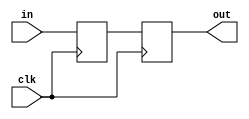
module sync_signal #(
    parameter WIDTH=1, // width of the input and output signals
    parameter N=2 // depth of synchronizer
)(
    input wire clk,
    input wire [WIDTH-1:0] in,
    output wire [WIDTH-1:0] out
);

reg [WIDTH-1:0] sync_reg[N-1:0];

/*
 * The synchronized output is the last register in the pipeline.
 */
assign out = sync_reg[N-1];

integer k;

always @(posedge clk) begin
    sync_reg[0] <= in;
    for (k = 1; k < N; k = k + 1) begin
        sync_reg[k] <= sync_reg[k-1];
    end
end

endmodule